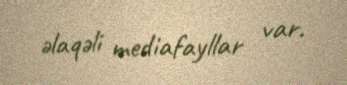
əlaqəli mediafayllar var.